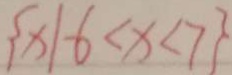
\{ x \vert - 6 < x < 7 \}